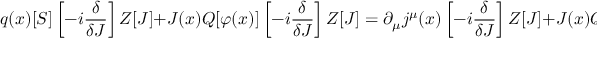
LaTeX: q ( x ) [ S ] \left[ - i { \frac { \delta } { \delta J } } \right] Z [ J ] + J ( x ) Q [ \varphi ( x ) ] \left[ - i { \frac { \delta } { \delta J } } \right] Z [ J ] = \partial _ { \mu } j ^ { \mu } ( x ) \left[ - i { \frac { \delta } { \delta J } } \right] Z [ J ] + J ( x ) Q [ \varphi ( x ) ] \left[ - i { \frac { \delta } { \delta J } } \right] Z [ J ] = 0 .